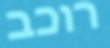
רוכב